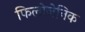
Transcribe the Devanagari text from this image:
फिलोजेनिक